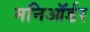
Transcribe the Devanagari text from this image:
मनिऑर्डर